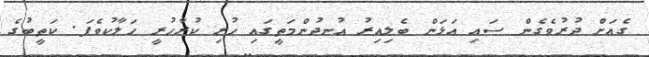
ގެއަށް ދުރުވެގެން ސައި އަޅަން ބެލިއިރު އުނދުންމަތީގައި ހުރި ކުރާހުރީ ހަލާކުވެފަ. ކަތީބުގެ